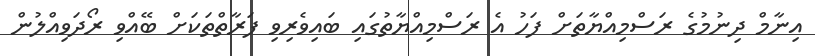
އިނާމް ދިނުމުގެ ރަސްމިއްޔާތަށް ފަހު އެ ރަސްމިއްޔާތުގައި ބައިވެރިވި ފަރާތްތަކަށް ބޭއްވި ރޯދަވިއްލުން